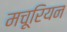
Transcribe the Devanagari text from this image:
मचूरियन